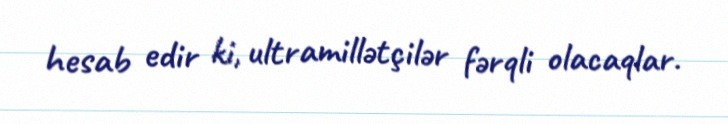
hesab edir ki, ultramillətçilər fərqli olacaqlar.